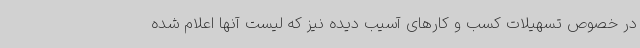
در خصوص تسهیلات کسب و کارهای آسیب دیده نیز که لیست آنها اعلام شده